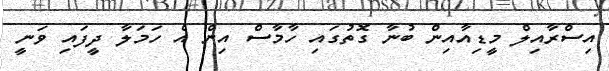
އިސްރާއިލް މީޑިއާއިން ބުނާ ގޮތުގައި ހާމާސް އިން އެ ހަމަލާ ދީފައި ވަނީ